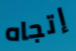
إتجاه